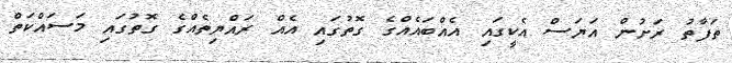
ތަފާތު ރަށުން އަޔަސް އެކީގައި އެއްބައެއްގެ ގޮތުގައި އެއް ރައްޔިތެއްގެ ގޮތުގައި މަސައްކަތް